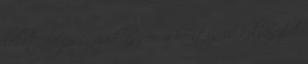
lehet, hogy igazad lesz és a kerítés is kolbászból